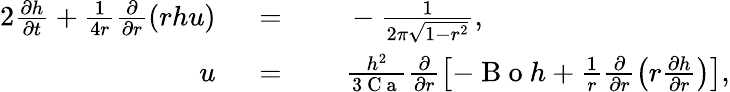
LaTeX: \begin{array}{rlrl}{{2}\frac{\partial h}{\partial t}+\frac{1}{4r}\frac{\partial}{\partial r}\left(rhu\right)}&{{}\; =}&{}&{{}\; -\frac{1}{2\pi\sqrt{1-r^{2}}},}\\ {u}&{{}\; =}&{}&{{}\; \frac{h^{2}}{3\mathrm{~C~a~}}\frac{\partial}{\partial r}\left[-\mathrm{~B~o~}h+\frac{1}{r}\frac{\partial}{\partial r}\left(r\frac{\partial h}{\partial r}\right)\right],}\end{array}